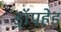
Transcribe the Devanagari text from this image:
ड्रॉपहेड